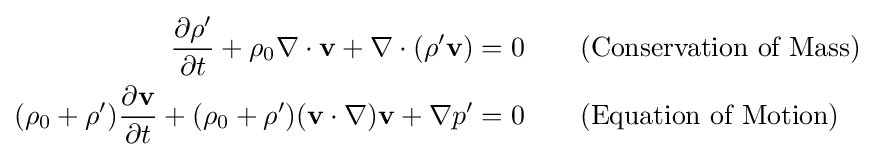
{\begin{aligned}{\frac {\partial \rho '}{\partial t}}+\rho _{0}\nabla \cdot \mathbf {v} +\nabla \cdot (\rho '\mathbf {v} )&=0\qquad {\text{(Conservation of Mass)}}\\(\rho _{0}+\rho '){\frac {\partial \mathbf {v} }{\partial t}}+(\rho _{0}+\rho ')(\mathbf {v} \cdot \nabla )\mathbf {v} +\nabla p'&=0\qquad {\text{(Equation of Motion)}}\end{aligned}}